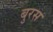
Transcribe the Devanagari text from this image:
बुरस